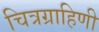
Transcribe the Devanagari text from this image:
चित्रग्राहिणी